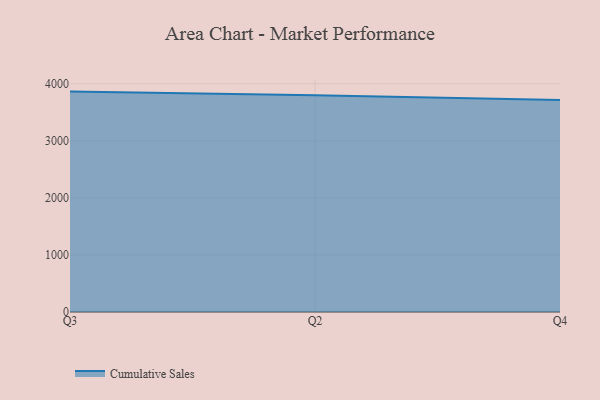
{"axis": {"x": "Quarter", "y": "Humidity (%)"}, "legend": ["Cumulative Sales"], "data": [{"x": "Q3", "y": 3864.0, "type": "Cumulative Sales"}, {"x": "Q2", "y": 3801.7, "type": "Cumulative Sales"}, {"x": "Q4", "y": 3715.7, "type": "Cumulative Sales"}]}